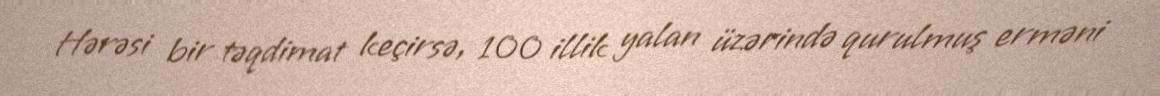
Hərəsi bir təqdimat keçirsə, 100 illik yalan üzərində qurulmuş erməni